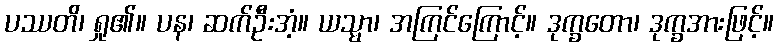
ပဿတိ၊ ရှု၏။ ပန၊ ဆက်ဦးအံ့။ ယသ္မာ၊ အကြင်ကြောင့်။ ဒုက္ခတော၊ ဒုက္ခအားဖြင့်။